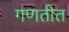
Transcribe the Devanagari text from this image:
गणतीत